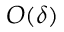
O ( \delta )